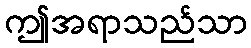
ဤအရာသည်သာ